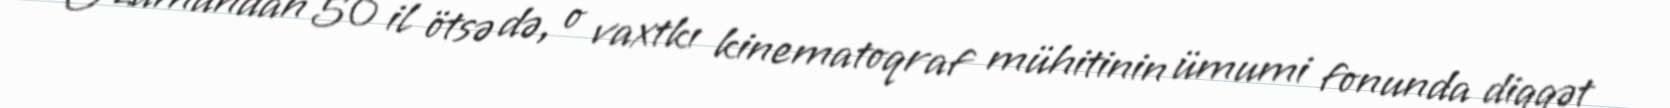
O zamandan 50 il ötsə də, o vaxtkı kinematoqraf mühitinin ümumi fonunda diqqət